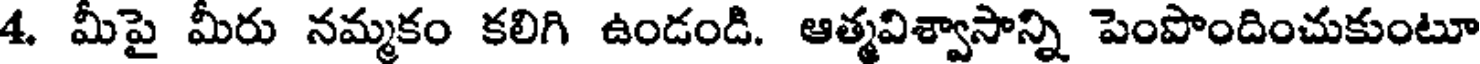
4. మీపై మీరు నమ్మకం కలిగి ఉండండి. ఆత్మవిశ్వాసాన్ని పెంపొందించుకుంటూ